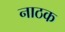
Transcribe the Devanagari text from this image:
नाठक